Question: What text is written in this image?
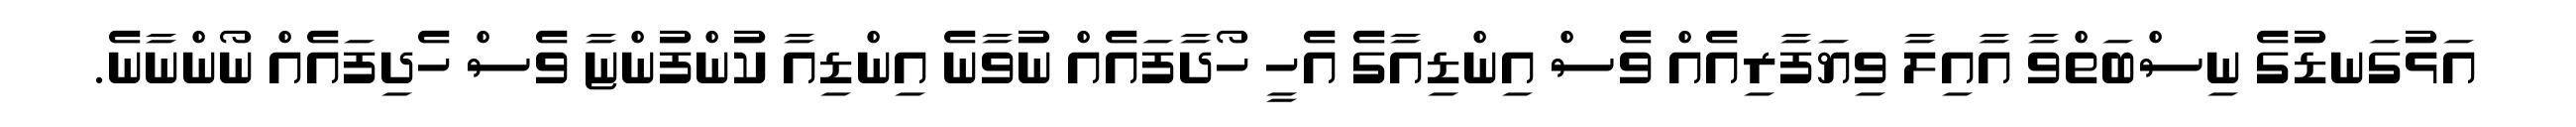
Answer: އަޅުގަނޑުގެ ނިސްބަތްވާ އާއިލާ ވިޔަފާރިއެއް ވެސް އިންޑިއާގެ އެހީ ހޯދާފައެއް ނުވާނެ އިންޑިއާ ކުންފުންޏާ ވެސް ހެދިފައެއް ނޯންނާނެ.